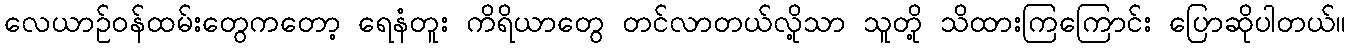
လေယာဉ်ဝန်ထမ်းတွေကတော့ ရေနံတူး ကိရိယာတွေ တင်လာတယ်လို့သာ သူတို့ သိထားကြကြောင်း ပြောဆိုပါတယ်။